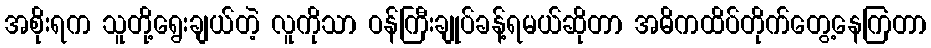
အစိုးရက သူတို့ရွေးချယ်တဲ့ လူကိုသာ ဝန်ကြီးချုပ်ခန့်ရမယ်ဆိုတာ အဓိကထိပ်တိုက်တွေ့နေကြတာ